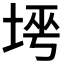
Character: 𡌱